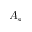
A _ { s }